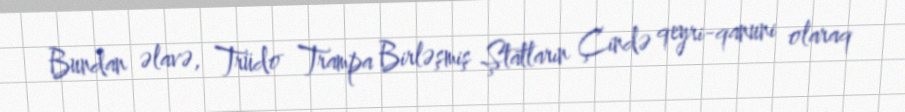
Bundan əlavə, Trüdo Trampa Birləşmiş Ştatların Çində qeyri-qanuni olaraq